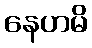
နေဟမိ